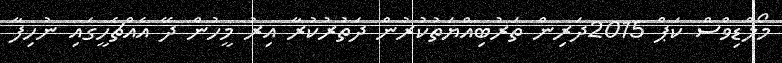
މޯލްޑިވްސް ކަޕް 2015ދަރިން ތަރުބިއްޔަތުކުރުން ދަތުރުކުރާ އިރު މީހުން ދޭ އެއްޗެހީގައި ނުހިފާ